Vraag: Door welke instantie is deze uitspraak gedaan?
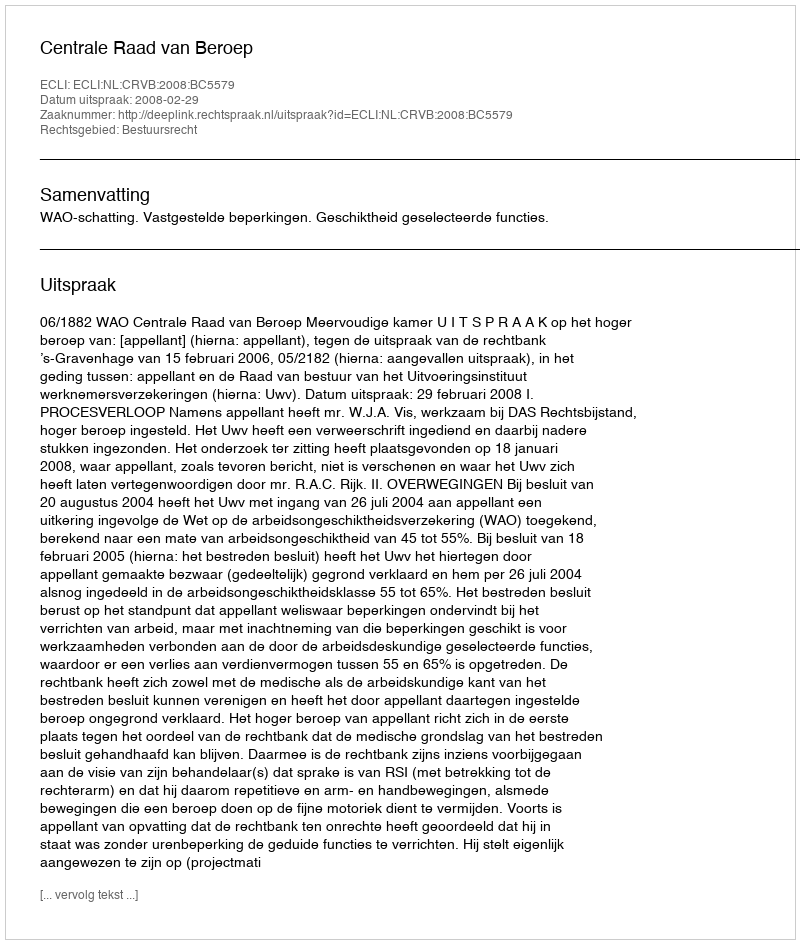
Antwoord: Centrale Raad van Beroep